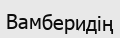
Вамберидің